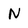
Character: N